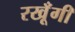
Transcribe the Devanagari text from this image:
रखूँगी